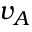
v _ { A }